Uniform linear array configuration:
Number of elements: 12
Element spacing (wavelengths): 0.25
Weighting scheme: hamming
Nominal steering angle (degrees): -15
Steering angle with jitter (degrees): -16.014
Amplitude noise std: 0.05
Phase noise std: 0.05

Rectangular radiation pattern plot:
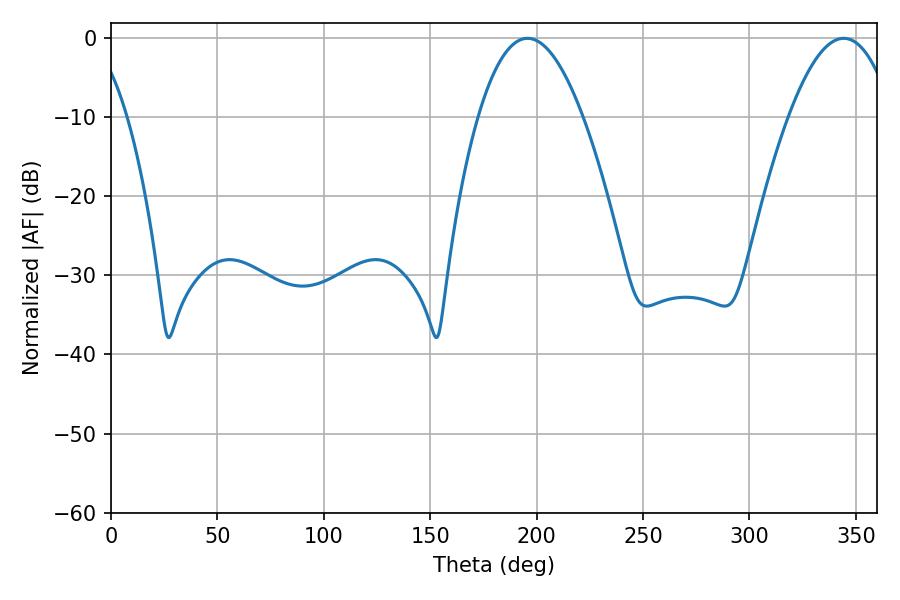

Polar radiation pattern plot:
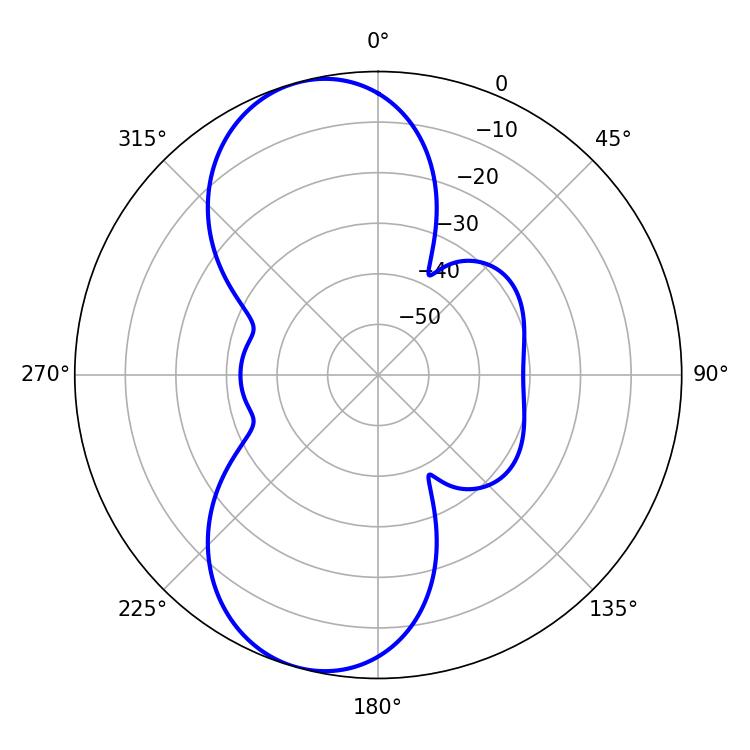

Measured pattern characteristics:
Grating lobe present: FALSE
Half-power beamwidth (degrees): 27
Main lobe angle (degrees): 195.66